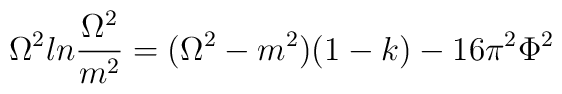
\Omega^2ln{\frac {\Omega^2}{m^2}}=(\Omega^2-m^2)(1-k)-16\pi^2\Phi^2